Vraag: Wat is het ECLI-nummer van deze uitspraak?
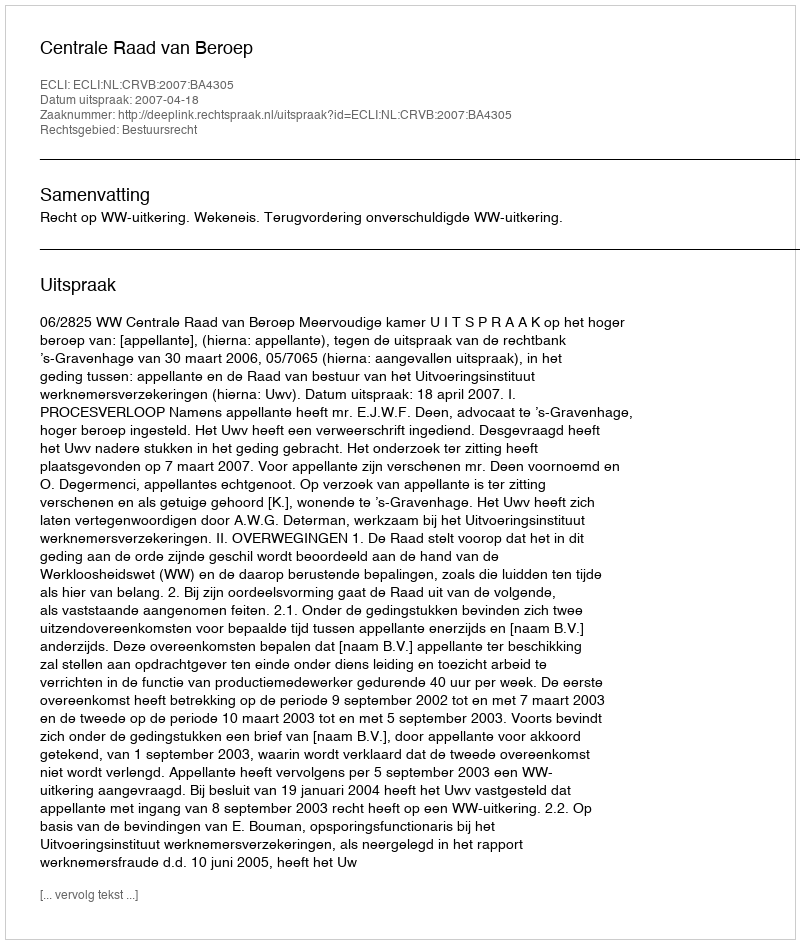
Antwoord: ECLI:NL:CRVB:2007:BA4305